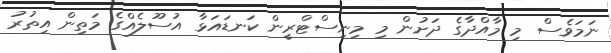
ނަމަވެސް މި މާއްދާގެ ދަށުން މި މިނިސްޓްރީން ކަނޑައަޅާ އުސޫލެއްގެ މަތިން އިތުރު